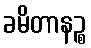
ခမိတာနဉ္စ